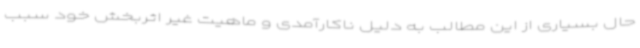
حال بسیاری از این مطالب به دلیل ناکارآمدی و ماهیت غیر اثربخش خود سبب